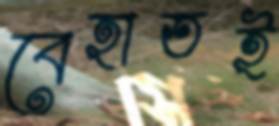
বেহাতই